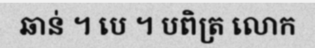
ឆាន់ ។ បេ ។ បពិត្រ លោក